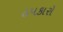
ઠપકારો